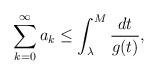
LaTeX: \begin{align*}\sum_{k=0}^\infty a_k\leq\int_{\lambda}^M\frac{dt}{g(t)}, \end{align*}